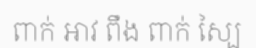
ពាក់ អាវ ពឹង ពាក់ ស្បៃ